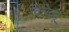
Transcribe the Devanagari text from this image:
किरेत्सू